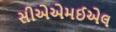
સીએએમઈએલ